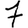
Digit: 7